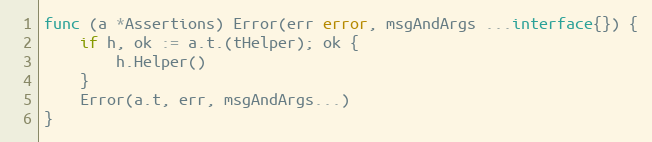
Language: Go
func (a *Assertions) Error(err error, msgAndArgs ...interface{}) {
	if h, ok := a.t.(tHelper); ok {
		h.Helper()
	}
	Error(a.t, err, msgAndArgs...)
}